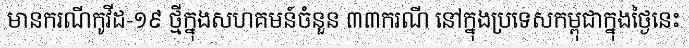
មានករណីកូវីដ-១៩ ថ្មីក្នុងសហគមន៍ចំនួន ៣៣ករណី នៅក្នុងប្រទេសកម្ពុជាក្នុងថ្ងៃនេះ